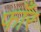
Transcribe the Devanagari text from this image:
फाँर